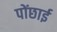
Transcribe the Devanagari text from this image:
पोंछाई